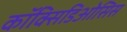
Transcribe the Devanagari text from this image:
कॉक्सिडिओसिस